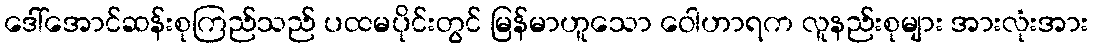
ဒေါ်အောင်ဆန်းစုကြည်သည် ပထမပိုင်းတွင် မြန်မာဟူသော ဝေါဟာရက လူနည်းစုများ အားလုံးအား